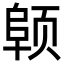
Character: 𬱪